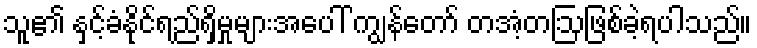
သူ၏ နှင့်ခံနိုင်ရည်ရှိမှုများအပေါ် ကျွန်တော် တအံ့တဩဖြစ်ခဲ့ရပါသည်။